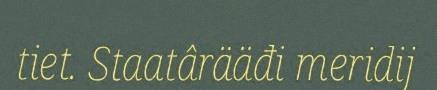
tiet. Staatârääđi meridij